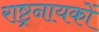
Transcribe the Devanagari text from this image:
राष्ट्रनायकों